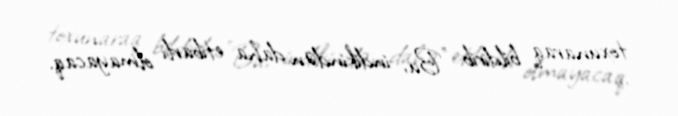
toxunaraq bildirib: "Bu, indikindən daha etibarlı olmayacaq.